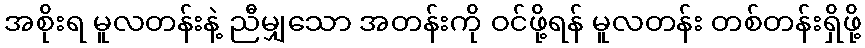
အစိုးရ မူလတန်းနဲ့ ညီမျှသော အတန်းကို ဝင်ဖို့ရန် မူလတန်း တစ်တန်းရှိဖို့